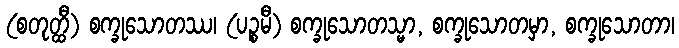
(စတုတ္ထီ) စက္ခုသောတဿ၊ (ပဉ္စမီ) စက္ခုသောတသ္မာ, စက္ခုသောတမှာ, စက္ခုသောတာ၊